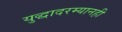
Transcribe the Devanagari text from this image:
युद्धादरम्यानही